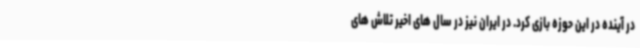
در آینده در این حوزه بازی کرد. در ایران نیز در سال های اخیر تلاش های